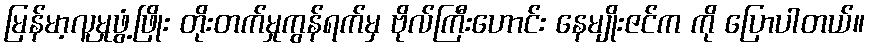
မြန်မာ့လူမှုဖွံ့ဖြိုး တိုးတက်မှုကွန်ရက်မှ ဗိုလ်ကြီးဟောင်း နေမျိုးဇင်က ကို ပြောပါတယ်။